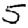
Digit: 5